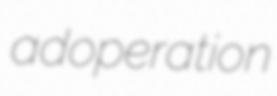
adoperation